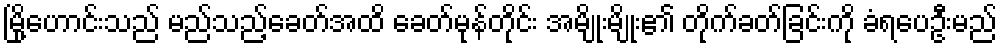
မြို့ဟောင်းသည် မည်သည့်ခေတ်အထိ ခေတ်မုန်တိုင်း အမျိုးမျိုး၏ တိုက်ခတ်ခြင်းကို ခံရပေဦးမည်